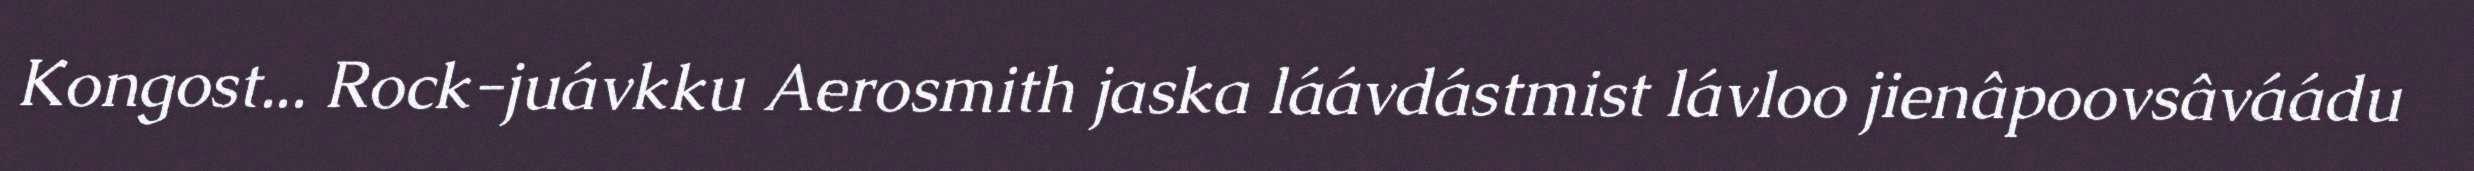
Kongost... Rock-juávkku Aerosmith jaska láávdástmist lávloo jienâpoovsâváádu